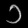
Digit: ၁